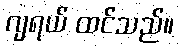
ဂျရယ် ထင်သည်။